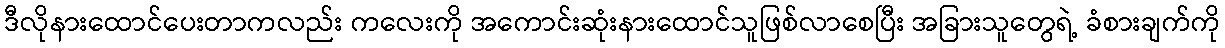
ဒီလိုနားထောင်ပေးတာကလည်း ကလေးကို အကောင်းဆုံးနားထောင်သူဖြစ်လာစေပြီး အခြားသူတွေရဲ့ ခံစားချက်ကို